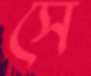
সে